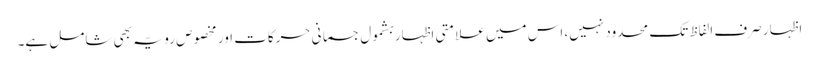
اظہار صرف الفاظ تک محدود نہیں، اس میں علامتی اظہار بشمول جسمانی حرکات اور مخصوص رویّہ بھی شامل ہے۔